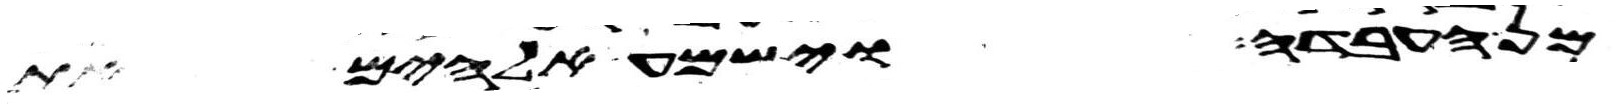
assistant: מן העבדה וישמע אלהים את